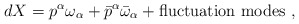
\begin{align*}dX = p^\alpha \omega_\alpha +\bar{p}^\alpha \bar{\omega}_\alpha + {\rm fluctuation ~ modes} ~ , \end{align*}